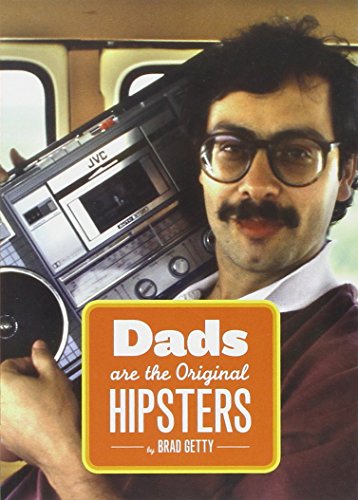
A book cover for Dads Are the Original Hipsters; Brad Getty; Parenting & Relationships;